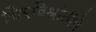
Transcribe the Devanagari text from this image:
चिरविश्रांतीचे